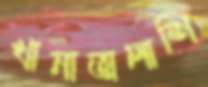
খানাতালাশি